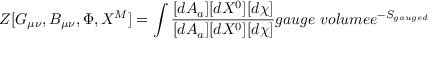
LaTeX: Z [ G _ { \mu \nu } , B _ { \mu \nu } , \Phi , X ^ { M } ] = \int \frac { [ d A _ { a } ] [ d X ^ { 0 } ] [ d \chi ] } { [ d A _ { a } ] [ d X ^ { 0 } ] [ d \chi ] } { g a u g e \ v o l u m e } e ^ { - S _ { g a u g e d } }